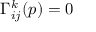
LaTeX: \Gamma _ { i j } ^ { k } ( p ) = 0